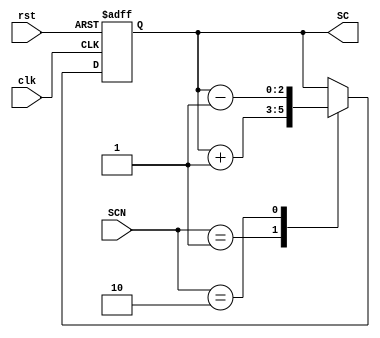
module SC(clk, rst, SCN, SC);
    input clk, rst;
	 input [1:0] SCN;
    output reg [2:0] SC = 3'b000;
	
    always @(posedge clk or posedge rst)
	 
	 if( rst == 1'b1)
		SC = 3'b000;
	else begin
	 
	 case (SCN[1:0])
	 
	 2'b00: SC = SC;
	 2'b01: SC = SC + 3'b001;
    2'b10: SC = SC - 3'b001;
	 
	 endcase
	 end
endmodule